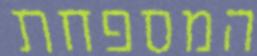
המספחת